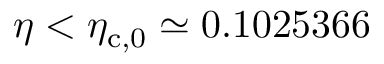
\eta < \eta _ { \mathrm { c } , 0 } \simeq 0 . 1 0 2 5 3 6 6